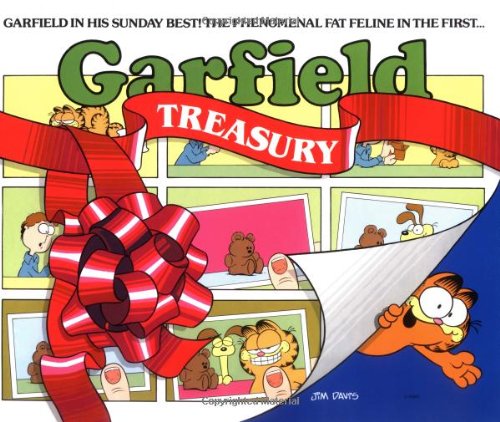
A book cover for Garfield Treasury; Jim Davis; Humor & Entertainment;